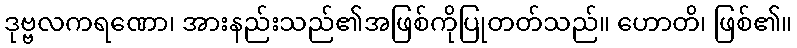
ဒုဗ္ဗလကရဏော၊ အားနည်းသည်၏အဖြစ်ကိုပြုတတ်သည်။ ဟောတိ၊ ဖြစ်၏။